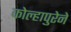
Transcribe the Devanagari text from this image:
कोल्हापुरेने